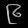
Digit: ၉